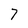
Character: 7